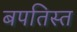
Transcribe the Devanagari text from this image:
बपतिस्त